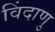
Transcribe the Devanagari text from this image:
विंदाणु